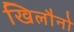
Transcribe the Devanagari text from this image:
खिलौनो